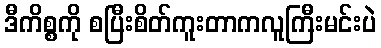
ဒီကိစ္စကို စပြီးစိတ်ကူးတာကလူကြီးမင်းပဲ